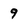
Character: 9